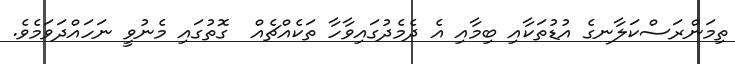
ތިމަންރަސްކަލާނގެ އުޑުތަކާއި ބިމާއި އެ ދެމެދުގައިވާހާ ތަކެއްޗެއް  ގޮތުގައި މެނުވީ ނަހައްދަވަމެވެ.